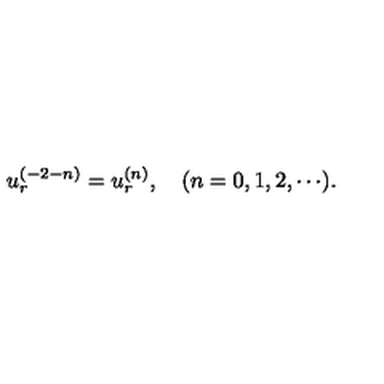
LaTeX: u _ { r } ^ { ( - 2 - n ) } = u _ { r } ^ { ( n ) } , \quad ( n = 0 , 1 , 2 , \cdots ) .